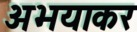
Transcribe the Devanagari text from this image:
अभयाकर